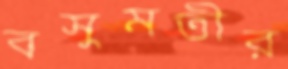
বসুমতীর